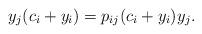
LaTeX: \begin{align*}y_j(c_i+y_i)=p_{ij}(c_i+y_i)y_j.\end{align*}